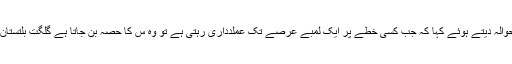
جس پر عدالت نے’’ڈی فیکٹو ڈاکٹرئن‘‘ کا حوالہ دیتے ہوئے کہا کہ جب کسی خطے پر ایک لمبے عرصے تک عملدداری رہتی ہے تو وہ س کا حصہ بن جاتا ہے گلگت بلتستان پر پاکستان کی 50 سال سے عملداری ہے۔